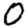
Digit: 0